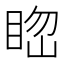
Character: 𥆲